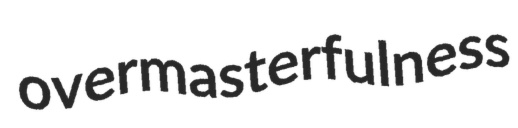
overmasterfulness